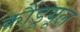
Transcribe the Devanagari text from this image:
कौंडूयूल